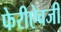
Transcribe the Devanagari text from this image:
फेरीऐवजी